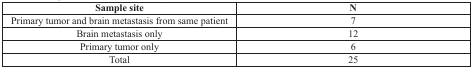
<table><thead><tr><td><b>Sample site</b></td><td><b>N</b></td></tr></thead><tbody><tr><td>Primary tumor and brain metastasis from same patient</td><td>7</td></tr><tr><td>Brain metastasis only</td><td>12</td></tr><tr><td>Primary tumor only</td><td>6</td></tr><tr><td>Total</td><td>25</td></tr></tbody></table>